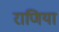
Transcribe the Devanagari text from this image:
राणिया